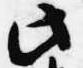
此